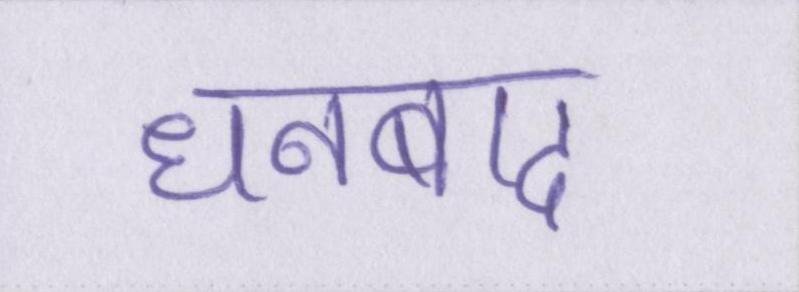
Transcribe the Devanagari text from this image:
धनबाद